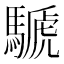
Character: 𩤽